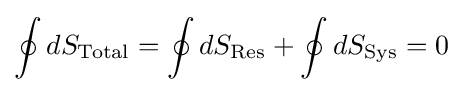
\oint dS_{\text{Total}}=\oint dS_{\text{Res}}+\oint dS_{\text{Sys}}=0